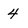
Character: 4